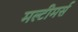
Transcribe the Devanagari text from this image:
मल्टीमर्स